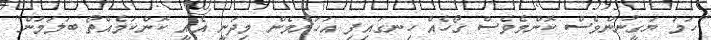
"ހަމަ ޔަގީނުންވެސް ކޮންމެވެސް ގޯހެއް ހިނގައިފި އަހަރެމެން މިދަނީ އެއީ ކޮންކަމެއްތޯ ބަލަމުން"